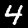
Digit: 4